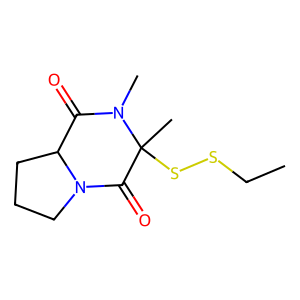
SMILES: CCSSC1(C)C(=O)N2CCCC2C(=O)N1C
Inhibits HIV replication: No